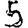
Digit: 5